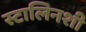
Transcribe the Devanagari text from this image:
स्टालिनशी